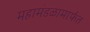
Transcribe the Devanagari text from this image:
महामंडळामार्फत